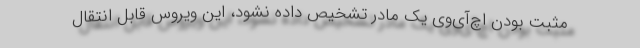
مثبت بودن اچ‌‌آی‌‌وی یک مادر تشخیص داده نشود، این ویروس قابل انتقال